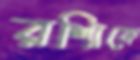
রশ্মিকে